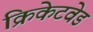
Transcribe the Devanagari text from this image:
क्रिकेटवेड